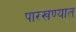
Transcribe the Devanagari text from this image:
पारखण्यात